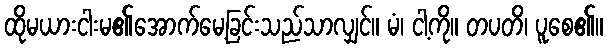
ထိုမယားငါးမ၏အောက်မေ့ခြင်းသည်သာလျှင်။ မံ၊ ငါ့ကို။ တပတိ၊ ပူစေ၏။